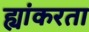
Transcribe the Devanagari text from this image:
ह्यांकरता